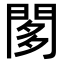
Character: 𨴢